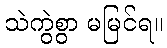
သဲကွဲစွာ မမြင်ရ။